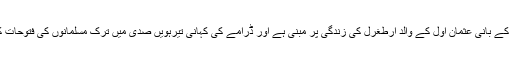
ڈراما سلطنت عثمانیہ کے بانی عثمان اول کے والد ارطغرل کی زندگی پر مبنی ہے اور ڈرامے کی کہانی تیرہویں صدی میں ترک مسلمانوں کی فتوحات کے گرد گھومتی ہے۔